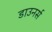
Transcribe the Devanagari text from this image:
डाउनर्स